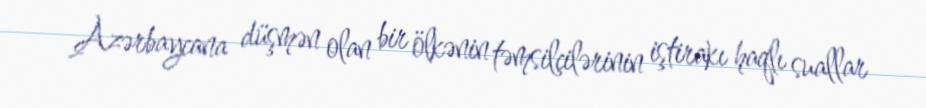
Azərbaycana düşmən olan bir ölkənin təmsilçilərinin iştirakı haqlı suallar